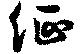
征